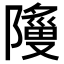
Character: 𬯞